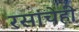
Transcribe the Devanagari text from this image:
रसांचेही